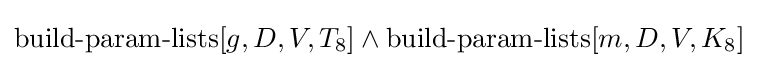
\operatorname {build-param-lists} [g,D,V,T_{8}]\land \operatorname {build-param-lists} [m,D,V,K_{8}]